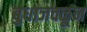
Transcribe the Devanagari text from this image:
बुधाजवळून